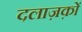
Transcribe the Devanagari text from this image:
दलाज़क़ों